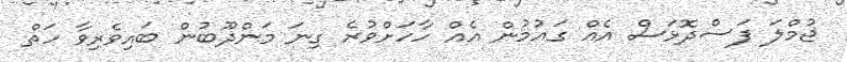
ޖުމްލަ ފަސްދޮޅަސް އެއް ގައުމުން އެއް ހާހަށްވުރެ ގިނަ މަންދޫބުން ބައިވެރިވާ ހަތް